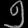
Digit: ၅